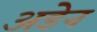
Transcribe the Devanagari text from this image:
अडेन